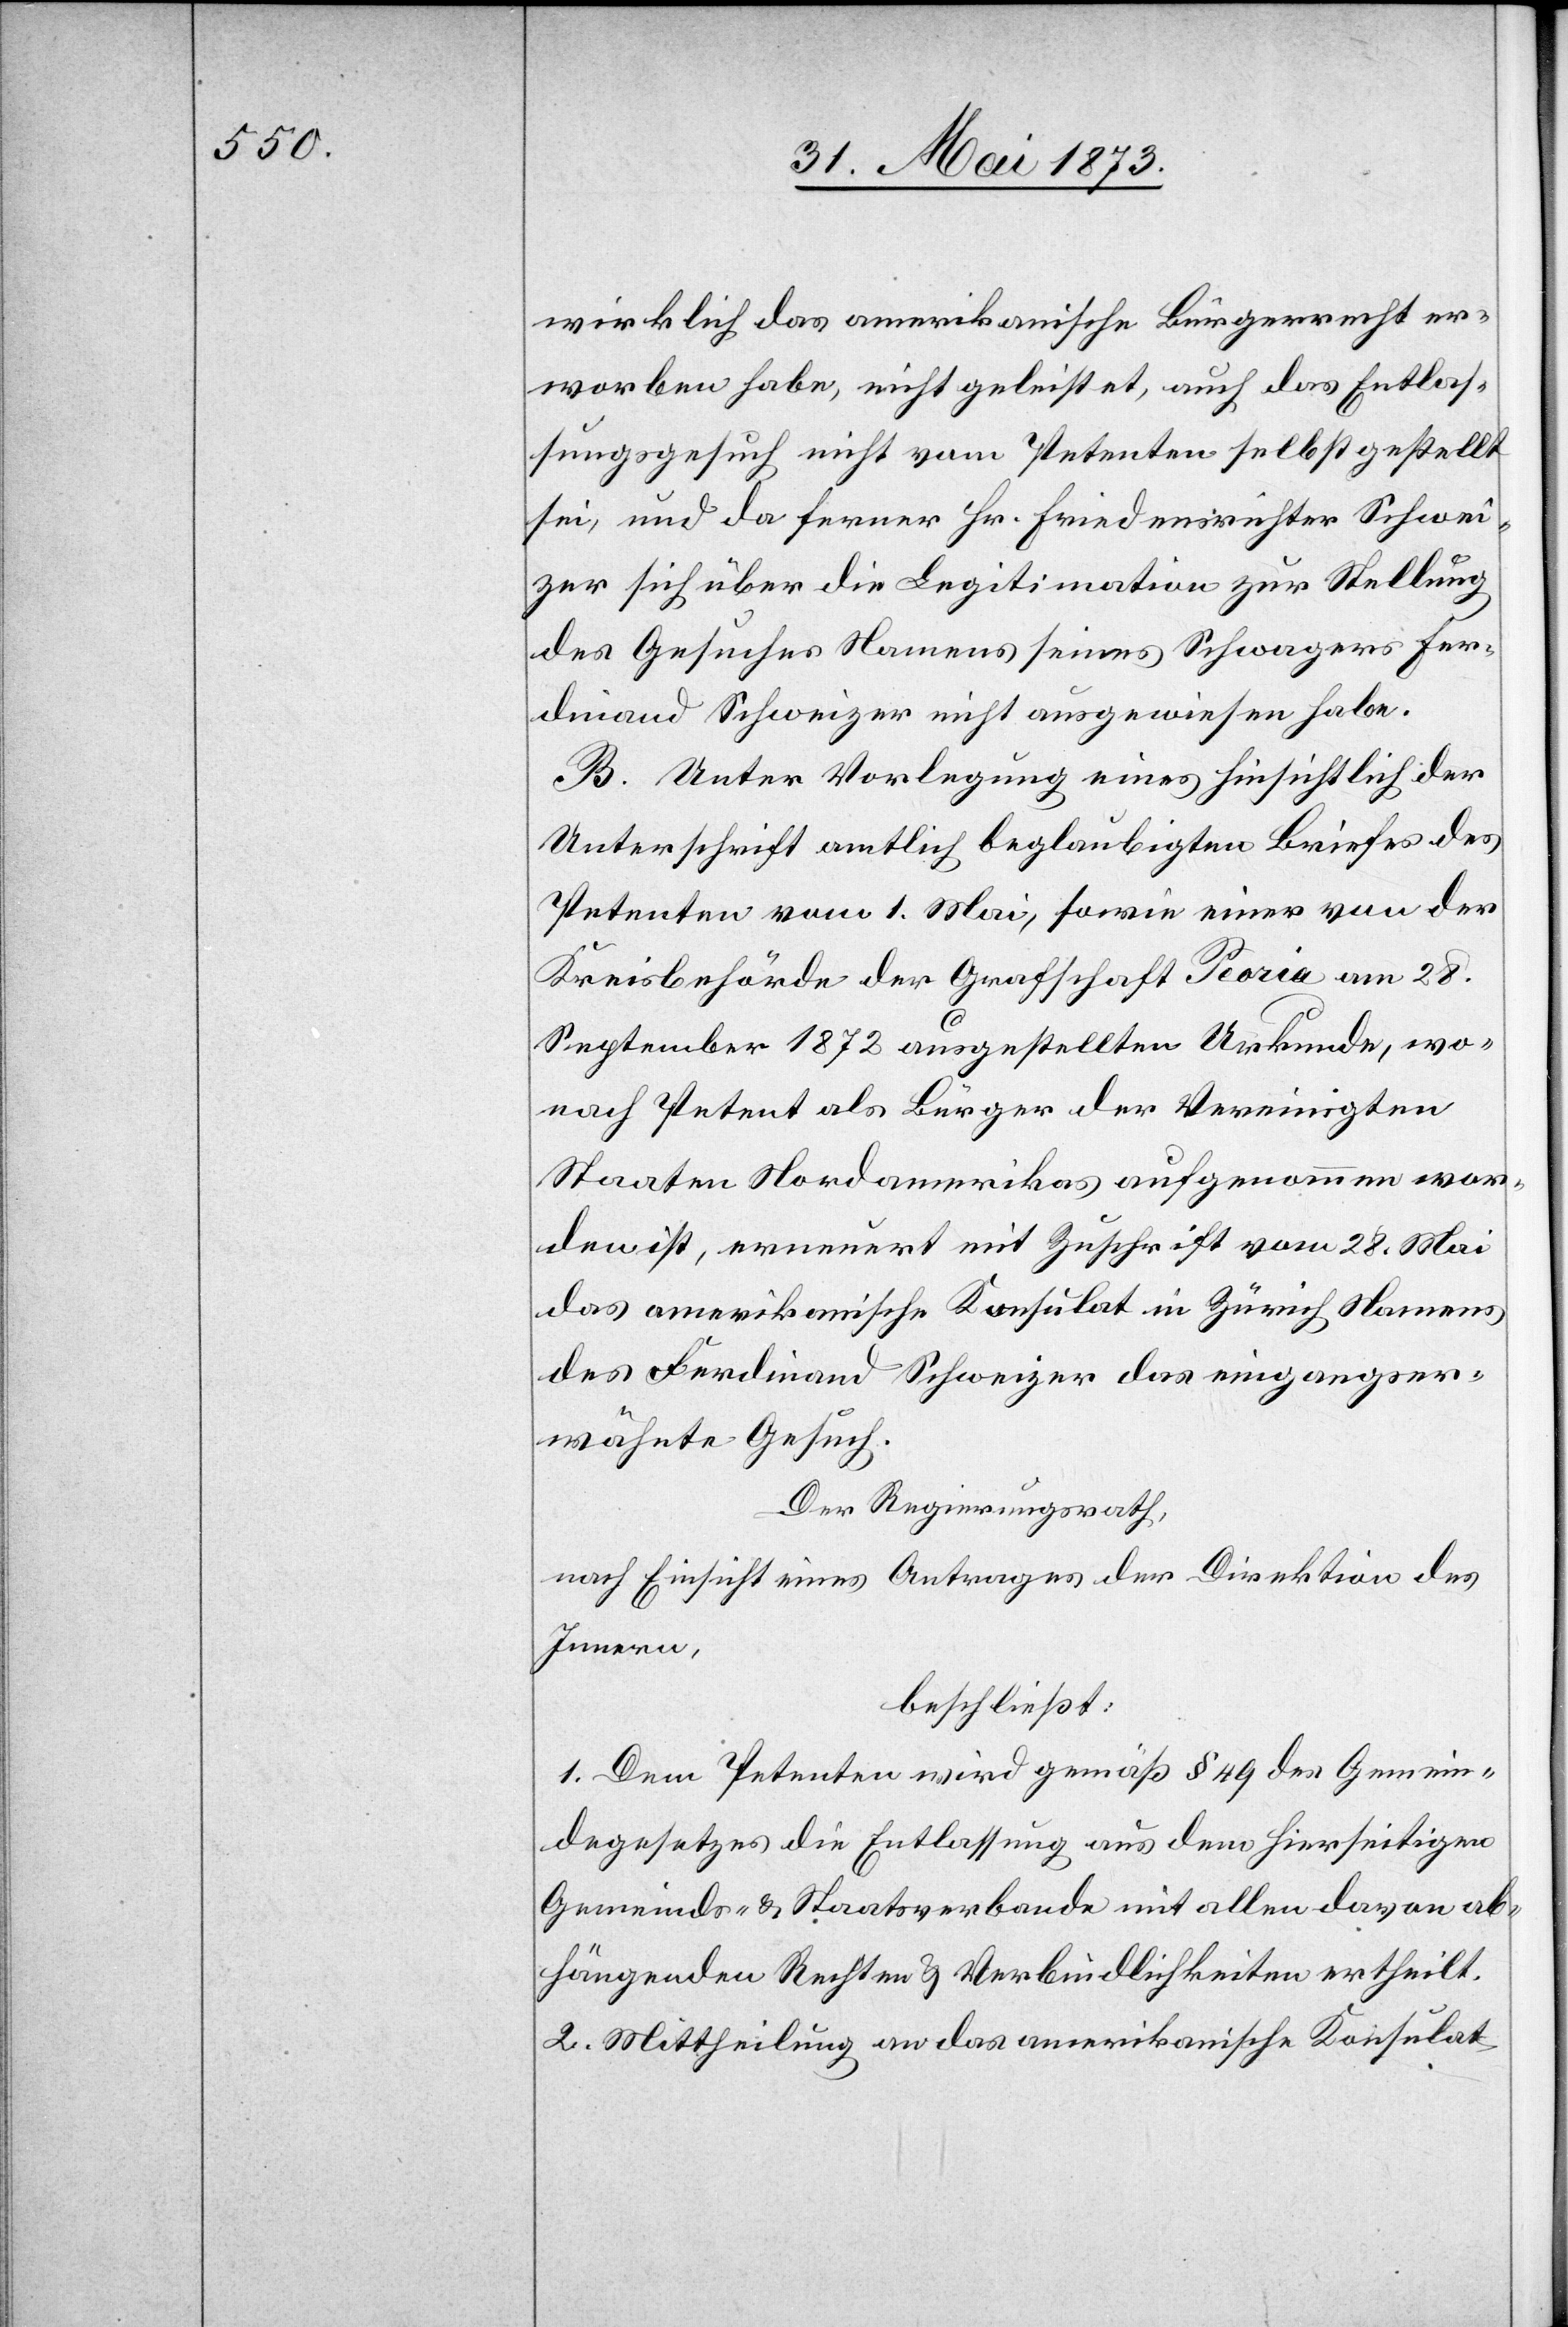
wirklich das amerikanische Bürgerrecht er¬
worben habe, nicht geleistet, auch das Entlas¬
sungsgesuch nicht vom Petenten selbst gestellt
sei, und da ferner Hr. Friedensrichter Schwei¬
zer sich über die Legitimation zur Stellung
des Gesuches Namens seines Schwagers Fer¬
dinand Schweizer nicht ausgewiesen habe.
B. Unter Vorlegung eines hinsichtlich der
Unterschrift amtlich beglaubigten Briefes des
Petenten vom 1. Mai, sowie einer von der
Kreisbehörde der Grafschaft Peoria am 28.
September 1872 ausgestellten Urkunde, wo¬
nach Petent als Bürger der Vereinigten
Staaten Nordamerikas aufgenommen wor¬
den ist, erneuert mit Zuschrift vom 28. Mai
das amerikanische Konsulat in Zürich Namens
des Ferdinand Schweizer das eingangser¬
wähnte Gesuch.
Der Regierungsrath,
nach Einsicht eines Antrages der Direktion des
Innern,
beschließt:
1. Dem Petenten wird gemäß § 49 des Gemein¬
degesetzes die Entlassung aus dem hierseitigen
Gemeinds- & Staatsverbande mit allen davon ab¬
hängenden Rechten & Verbindlichkeiten ertheilt.
2. Mittheilung an das amerikanische Konsulat